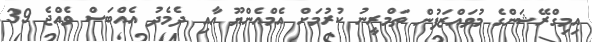
އިމިގްރޭޝަންގެ މުވައްޒަފުން ތަމްރީނު ކުރުމަށް އެމްއެންޔޫ އާއި ދެމެދު އެއްބަސް ވެއްޖެ 39